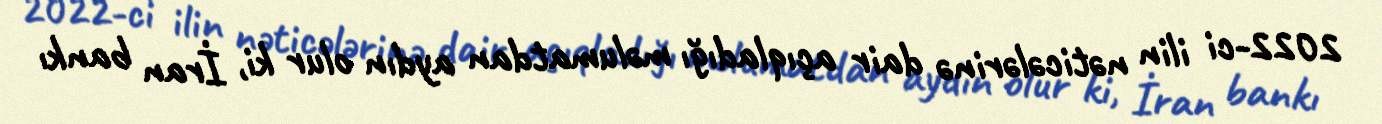
2022-ci ilin nəticələrinə dair açıqladığı məlumatdan aydın olur ki, İran bankı